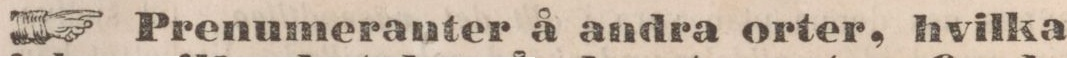
☞ Prenumeranter å andra orter, hvilka